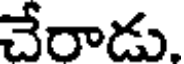
చేరాడు.